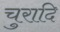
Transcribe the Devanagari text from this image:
चुरादि